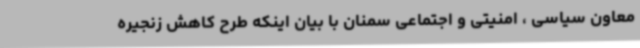
معاون سیاسی ، امنیتی و اجتماعی سمنان با بیان اینکه طرح کاهش زنجیره